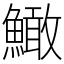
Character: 䲎